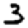
Digit: 3